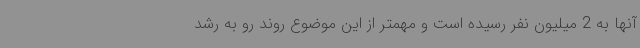
آنها به 2 میلیون نفر رسیده است و مهمتر از این موضوع روند رو به رشد